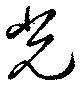
光